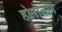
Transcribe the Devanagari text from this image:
होमोलोग